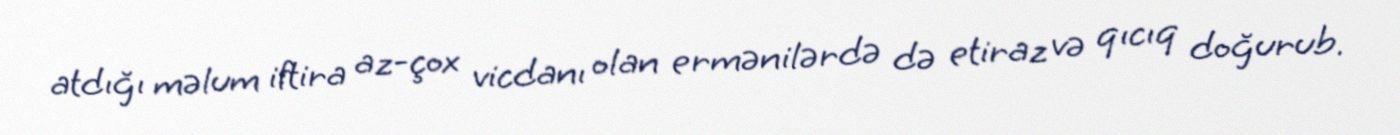
atdığı məlum iftira az-çox vicdanı olan ermənilərdə də etiraz və qıcıq doğurub.